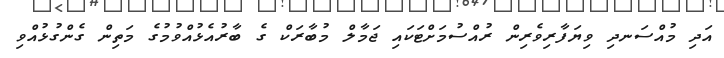
އަދި މުއްސަނދި ވިޔަފާރިވެރިން ރުއްސުމަށްޓަކައި ޖަމާލް މުބާރަކް ގެ ބާރުއެޅުއްވުމުގެ މަތިން ގެންގުޅުއްވި